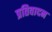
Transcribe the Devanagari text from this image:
प्रतिवादन